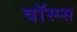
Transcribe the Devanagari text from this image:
वॉस्प्स